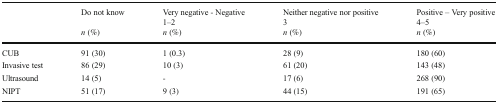
| <ROWSPAN=3>  | Do not know | Very negative - Negative | Neither negative nor positive | Positive – Very positive |
 |  | 1–2 | 3 | 4–5 |
 | n (%) | n (%) | n (%) | n (%) |
 | --- | --- | --- | --- | --- |
 | CUB | 91 (30) | 1 (0.3) | 28 (9) | 180 (60) |
 | Invasive test | 86 (29) | 10 (3) | 61 (20) | 143 (48) |
 | Ultrasound | 14 (5) | - | 17 (6) | 268 (90) |
 | NIPT | 51 (17) | 9 (3) | 44 (15) | 191 (65) |